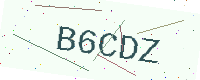
Text: B6CDZ